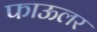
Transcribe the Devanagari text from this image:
फाऊलर